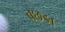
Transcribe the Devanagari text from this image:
बछङा